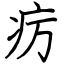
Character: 疠